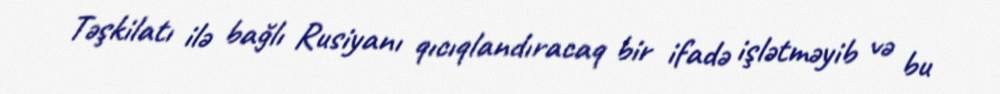
Təşkilatı ilə bağlı Rusiyanı qıcıqlandıracaq bir ifadə işlətməyib və bu